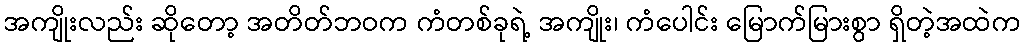
အကျိုးလည်း ဆိုတော့ အတိတ်ဘဝက ကံတစ်ခုရဲ့ အကျိုး၊ ကံပေါင်း မြောက်မြားစွာ ရှိတဲ့အထဲက